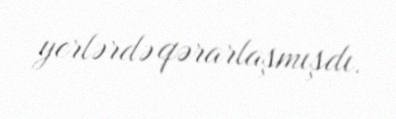
yerlərdə qərarlaşmışdı.